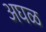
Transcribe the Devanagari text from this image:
अघळ